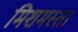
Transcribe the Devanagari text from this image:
मिशमस्त।